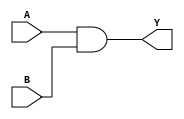
module sri_and(output Y, input A, B);
    and(Y, A, B); 
endmodule